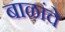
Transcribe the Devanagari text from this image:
बाळांचे